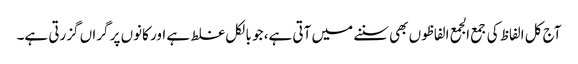
آج کل الفاظ کی جمع الجمع الفاظوں بھی سننے میں آتی ہے، جو بالکل غلط ہے اور کانوں پر گراں گزرتی ہے۔